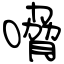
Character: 嗋